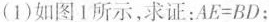
(1) 如图1所示，求证：$$AE＝BD$$：